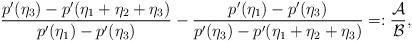
LaTeX: \begin{align*}\frac{p'(\eta_3)-p'(\eta_1+\eta_2+\eta_3)}{p'(\eta_1)-p'(\eta_3)}-\frac{p'(\eta_1)-p'(\eta_3)}{p'(\eta_3)-p'(\eta_1+\eta_2+\eta_3)}=:\frac{\mathcal{A}}{\mathcal{B}},\end{align*}